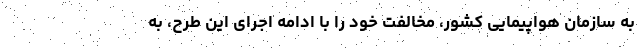
به سازمان هواپیمایی کشور، مخالفت خود را با ادامه اجرای این طرح، به